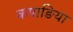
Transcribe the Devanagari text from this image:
कपाङिया